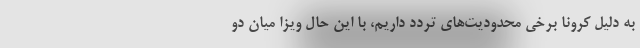
به دلیل کرونا برخی محدودیت‌های تردد داریم، با این حال ویزا میان دو